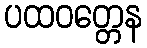
ပထဝတ္တေန